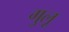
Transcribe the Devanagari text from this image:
गुलू